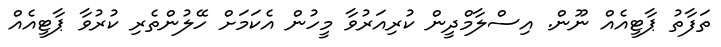
ތަފާތު ޕާޓީއެއް ނޫން. އިސްލާމްދީން ކުރިއަރުވާ މީހުން އެކަމަށް ހޭލުންތެރި ކުރުވާ ޕާޓީއެއް